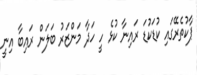
ޕާކުތެރޭގައި ކުޑަކުޑަ ރައިނާ ކުޅެ ހީ ހަދާ މަންޒަރު ބަލަން ރައިބާ އިނީ